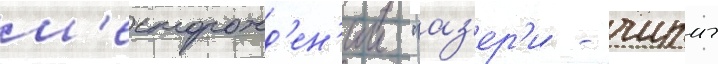
м'есторожд'ен'ии "аз'ер'и - чираг